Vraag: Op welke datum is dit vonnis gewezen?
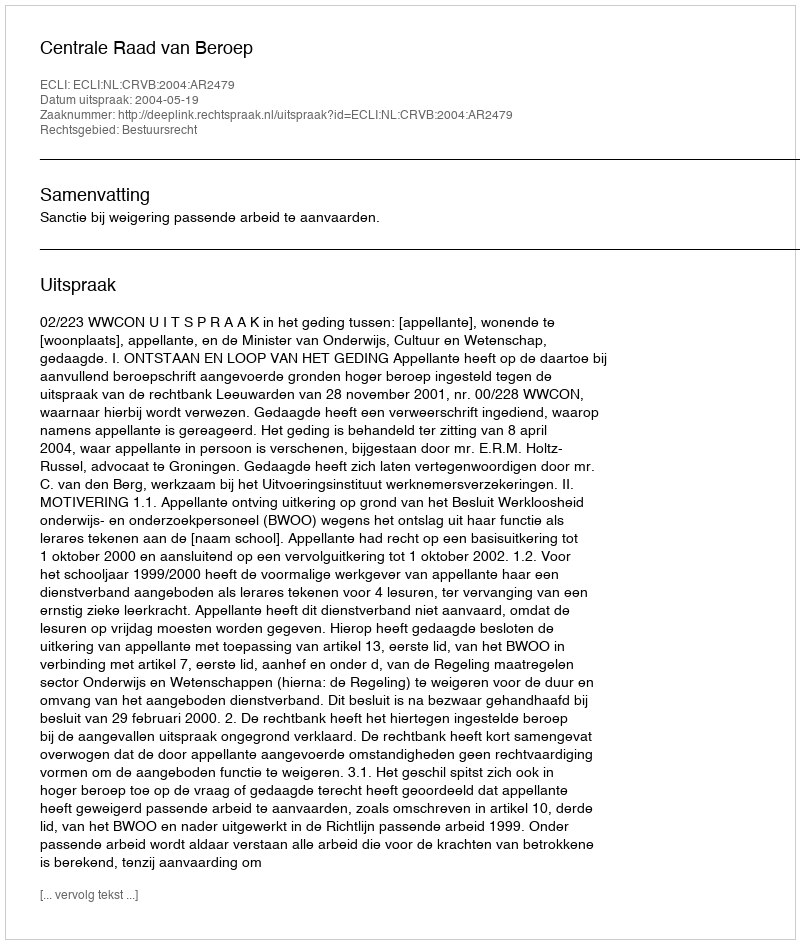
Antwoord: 2004-05-19